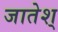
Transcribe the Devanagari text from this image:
जातेश्